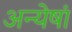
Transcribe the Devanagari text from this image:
अन्येषां